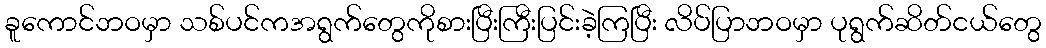
ခူကောင်ဘဝမှာ သစ်ပင်ကအရွက်တွေကိုစားပြီးကြီးပြင်းခဲ့ကြပြီး လိပ်ပြာဘဝမှာ ပုရွက်ဆိတ်ငယ်တွေ